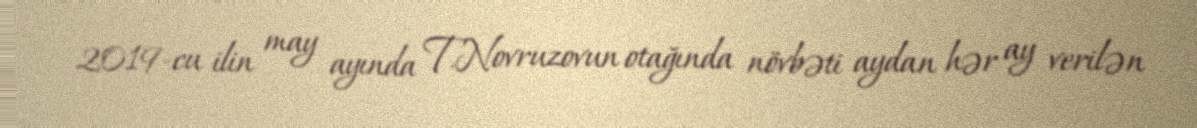
2019-cu ilin may ayında T.Novruzovun otağında növbəti aydan hər ay verilən